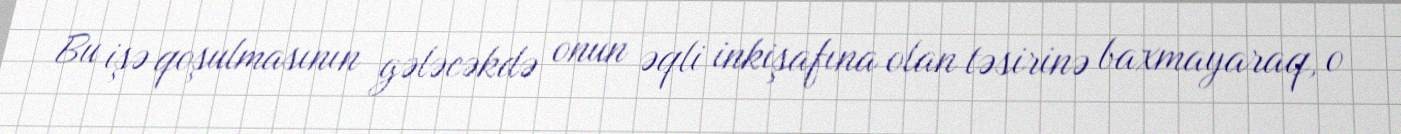
Bu işə qoşulmasının gələcəkdə onun əqli inkişafına olan təsirinə baxmayaraq, o